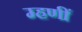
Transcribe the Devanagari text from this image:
म्हणीं